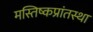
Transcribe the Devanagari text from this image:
मस्तिष्कप्रांतस्था